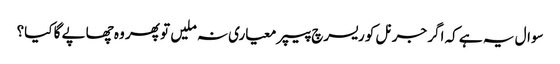
سوال یہ ہے کہ اگر جرنل کو ریسرچ پیپر معیاری نہ ملیں تو پھر وہ چھاپے گا کیا؟